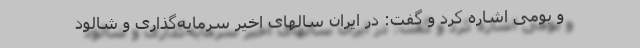
و بومی اشاره کرد و گفت: در ایران سالهای اخیر سرمایه‌گذاری و شالود